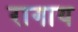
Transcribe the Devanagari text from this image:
रागाय